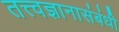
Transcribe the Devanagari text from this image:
तत्त्वज्ञानासंबंधी